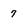
Character: 7